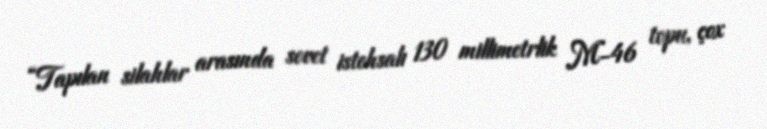
“Tapılan silahlar arasında sovet istehsalı 130 millimetrlik M-46 topu, çox